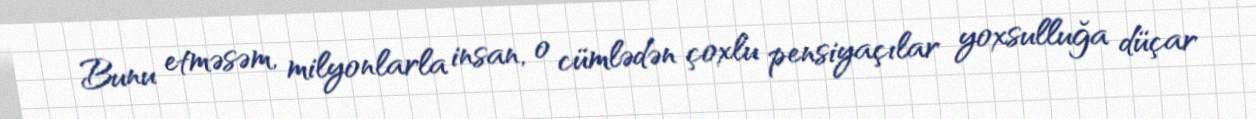
Bunu etməsəm, milyonlarla insan, o cümlədən çoxlu pensiyaçılar yoxsulluğa düçar